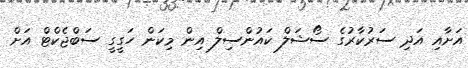
އަށާއި އަދި ސަރުކާރުގެ ސޯޝަލް ކައުންސިލް އިން މިކަން ހަގީގީ ސަބްޖެކްޓް އަށް